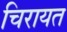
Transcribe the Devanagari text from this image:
चिरायत